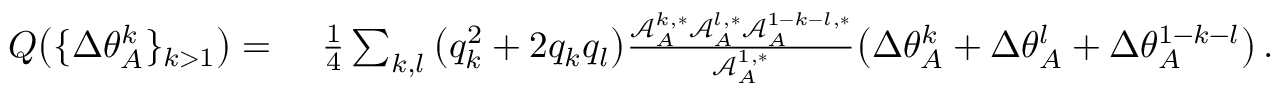
\begin{array} { r l } { Q \big ( \{ \Delta \theta _ { A } ^ { k } \} _ { k > 1 } \big ) = } & { { } ~ \frac { 1 } { 4 } \sum _ { k , l } \big ( q _ { k } ^ { 2 } + 2 q _ { k } q _ { l } \big ) \frac { \mathcal { A } _ { A } ^ { k , * } \mathcal { A } _ { A } ^ { l , * } \mathcal { A } _ { A } ^ { 1 - k - l , * } } { \mathcal { A } _ { A } ^ { 1 , * } } \big ( \Delta \theta _ { A } ^ { k } + \Delta \theta _ { A } ^ { l } + \Delta \theta _ { A } ^ { 1 - k - l } \big ) \, . } \end{array}